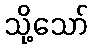
သို့သော်